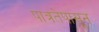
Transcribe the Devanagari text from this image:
पात्रतेपासून